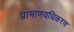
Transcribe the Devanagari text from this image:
प्रामाणयधिकरण